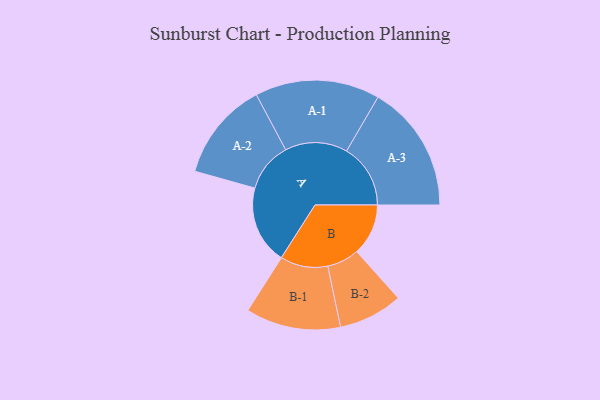
{"axis": {"x": "Segment", "y": "Value"}, "legend": ["", "A", "B"], "data": [{"x": "A", "y": 310, "type": ""}, {"x": "B", "y": 204, "type": ""}, {"x": "A-1", "y": 247, "type": "A"}, {"x": "A-2", "y": 196, "type": "A"}, {"x": "A-3", "y": 253, "type": "A"}, {"x": "B-1", "y": 188, "type": "B"}, {"x": "B-2", "y": 127, "type": "B"}]}